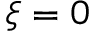
\xi = 0